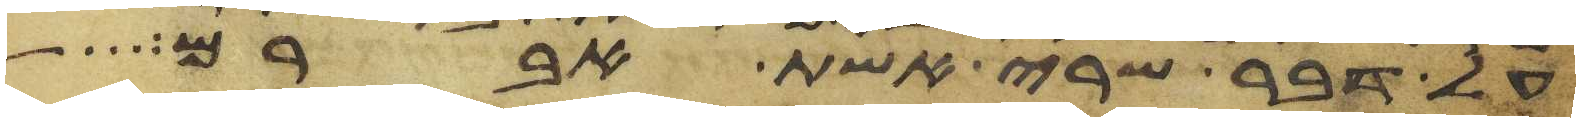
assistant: על דבר שרי אשת אברם